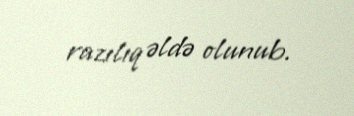
razılıq əldə olunub.